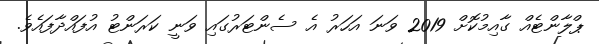
ޕްލާންޓެއް ގާއިމުކޮށް 2019 ވަނަ އަހަރު އެ ސެންޓަރުގައި ވަނީ ކަރަންޓު އުފައްދާފައެވެ.